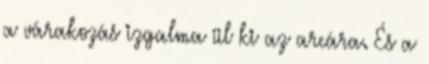
a várakozás izgalma ül ki az arcára. És a